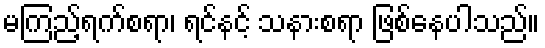
မကြည့်ရက်စရာ၊ ရင်နင့် သနားစရာ ဖြစ်နေပါသည်။